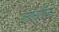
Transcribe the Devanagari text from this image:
डॉयनॉर्फिन